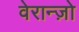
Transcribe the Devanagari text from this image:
वेरान्ज़ो